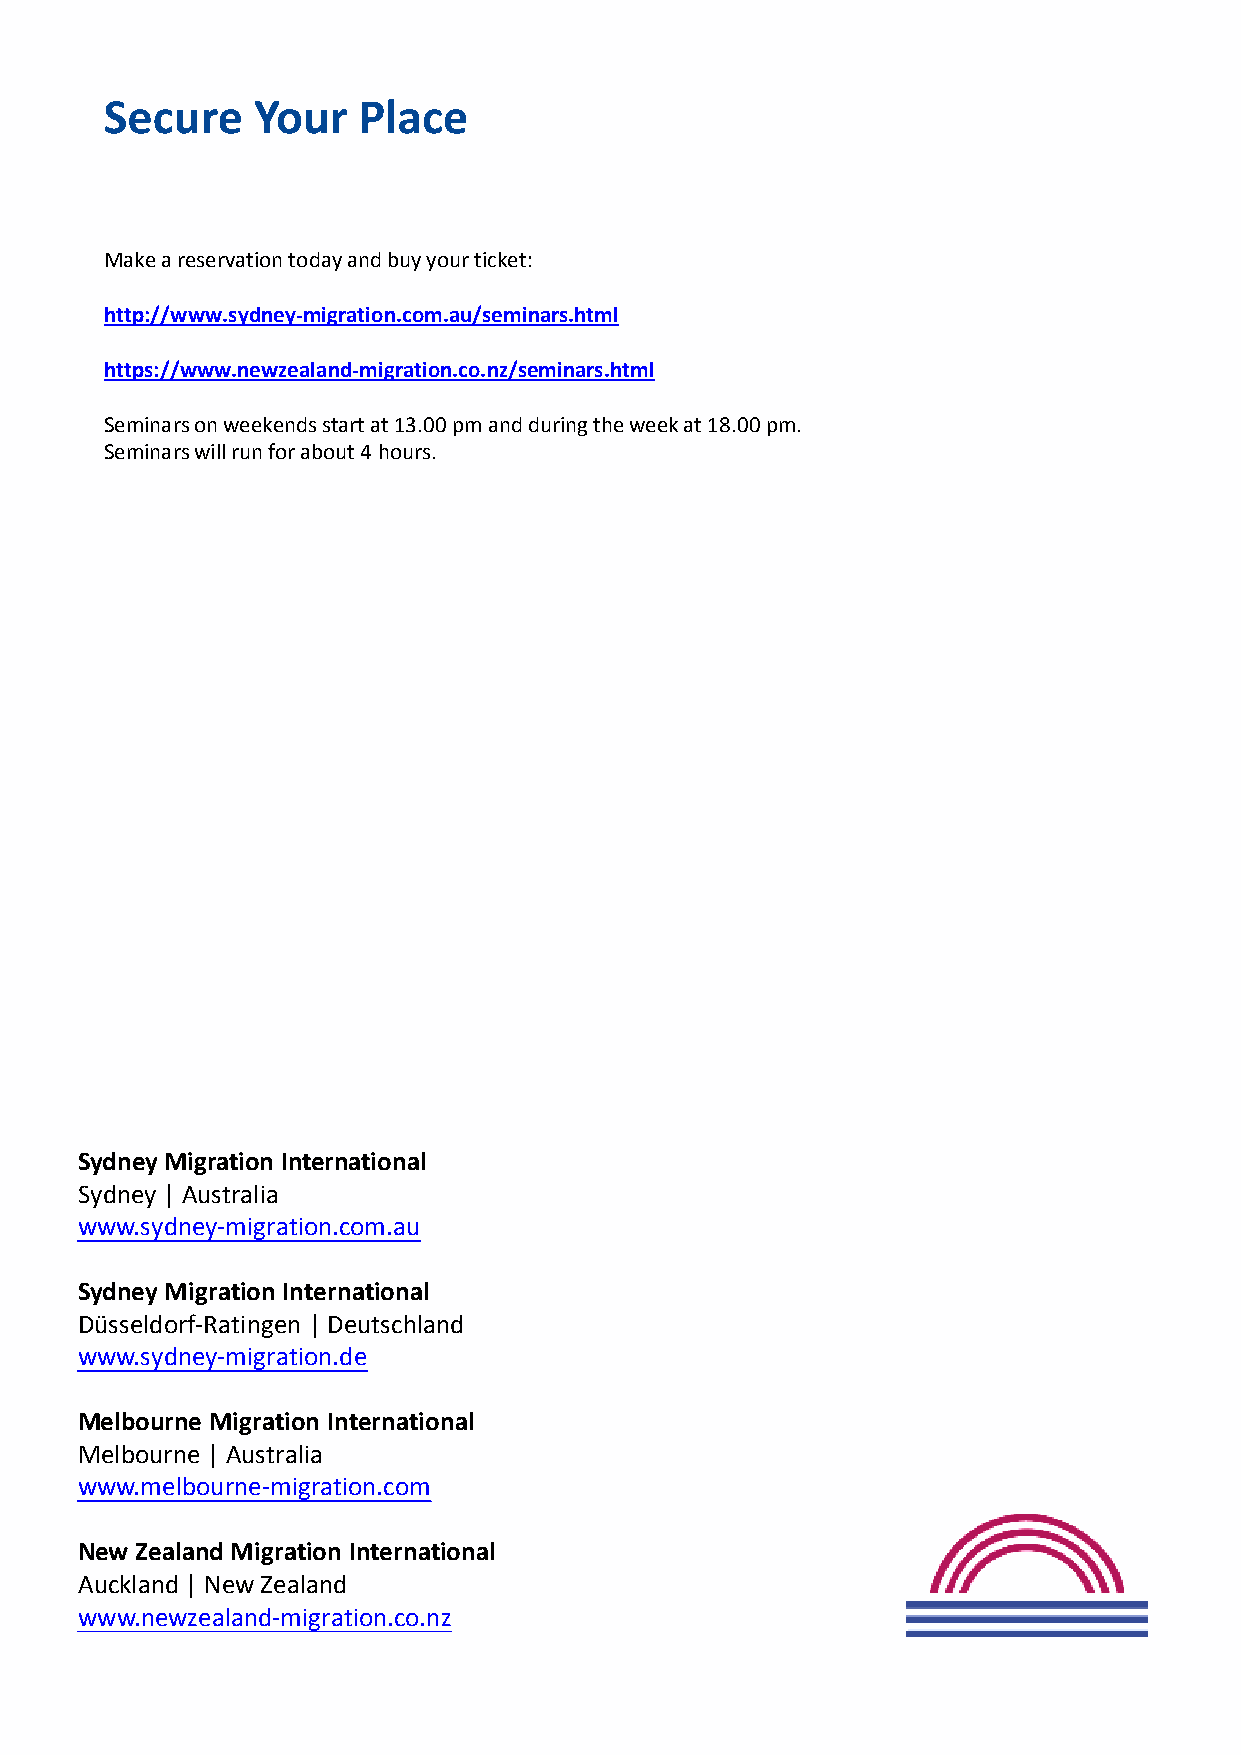
Secure    Your   Place
 Make a reservation today and buy your ticket:
 http://www.sydney-migration.com.au/seminars.html
 https://www.newzealand-migration.co.nz/seminars.html
 Seminars on weekends start at 13.00 pm and during the week at 18.00 pm.
 Seminars will run for about 4 hours.
 Sydney Migration International
 Sydney | Australia
 www.sydney-migration.com.au
 Sydney Migration International
 Düsseldorf-Ratingen | Deutschland
 www.sydney-migration.de
 Melbourne Migration International
 Melbourne | Australia
 www.melbourne-migration.com
 New Zealand Migration International
 Auckland | New Zealand
 www.newzealand-migration.co.nz